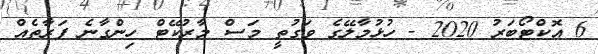
6 އޮކްޓޯބަރު 2020 - ހުޅުމާލޭގެ ވަގުތީ މަސް މާރުކޭޓް ހިންގާނެ ފަރާތެއް